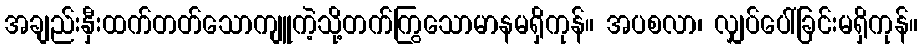
အချည်းနှီးထက်တတ်သောကျူကဲ့သို့တက်ကြွသောမာနမရှိကုန်။ အပစလာ၊ လျှပ်ပေါ်ခြင်းမရှိကုန်။